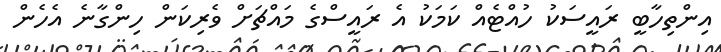
އިންތިހާބީ ރައީސަކު ހުއްޓެއް ކަމަކު އެ ރައީސްގެ މައްޗަށް ވެރިކަން ހިންގާނެ އެހެން